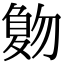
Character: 𠤀